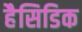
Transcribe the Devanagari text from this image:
हैसिडिक